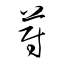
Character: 蔚